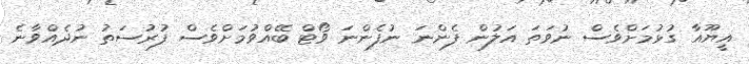
އީޔޫއާ ގުޅުމަށްވެސް ނުވަތަ އަލުން ފެންނަ ނުފެންނަ ވޯޓް ބޭއްވުމަށްވެސް ފުރުސަތު ނުދެއްވާނެ